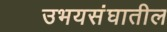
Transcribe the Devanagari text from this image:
उभयसंघातील